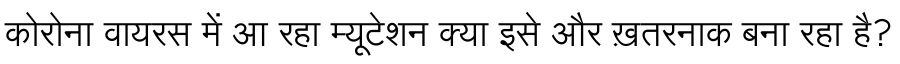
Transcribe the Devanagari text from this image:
कोरोना वायरस में आ रहा म्यूटेशन क्या इसे और ख़तरनाक बना रहा है?